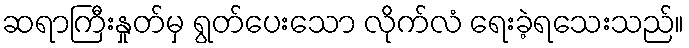
ဆရာကြီးနှုတ်မှ ရွတ်ပေးသော လိုက်လံ ရေးခဲ့ရသေးသည်။